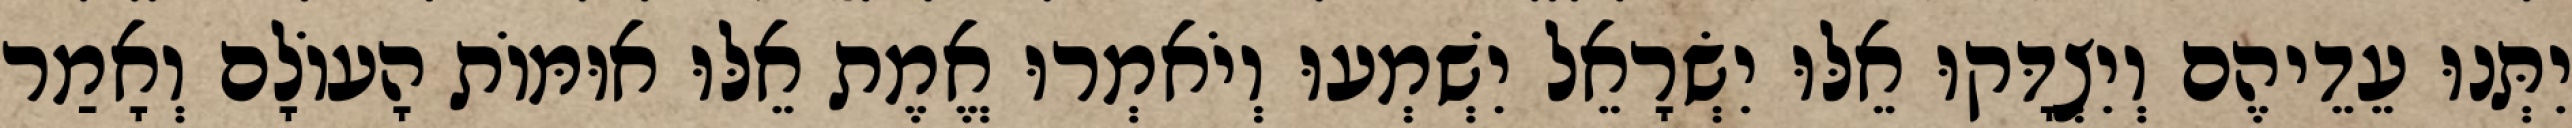
יִתְּנוּ עֵדֵיהֶם וְיִצְדָּקוּ אֵלּוּ יִשְׂרָאֵל יִשְׁמְעוּ וְיֹאמְרוּ אֱמֶת אֵלּוּ אוּמּוֹת הָעוֹלָם וְאָמַר